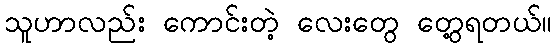
သူဟာလည်း ကောင်းတဲ့ လေးတွေ တွေ့ရတယ်။